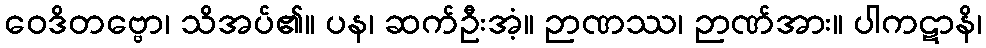
ဝေဒိတဗ္ဗော၊ သိအပ်၏။ ပန၊ ဆက်ဦးအံ့။ ဉာဏဿ၊ ဉာဏ်အား။ ပါကဋာနိ၊